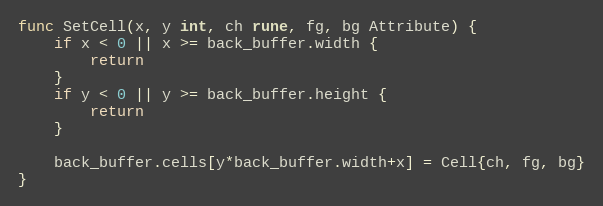
Language: Go
func SetCell(x, y int, ch rune, fg, bg Attribute) {
	if x < 0 || x >= back_buffer.width {
		return
	}
	if y < 0 || y >= back_buffer.height {
		return
	}

	back_buffer.cells[y*back_buffer.width+x] = Cell{ch, fg, bg}
}